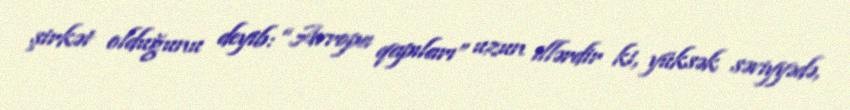
şirkət olduğunu deyib: “Avropa qapıları” uzun illərdir ki, yüksək səviyyədə,